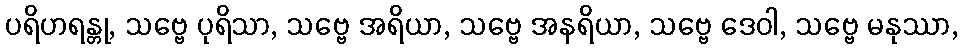
ပရိဟရန္တု, သဗ္ဗေ ပုရိသာ, သဗ္ဗေ အရိယာ, သဗ္ဗေ အနရိယာ, သဗ္ဗေ ဒေဝါ, သဗ္ဗေ မနုဿာ,